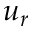
u _ { r }